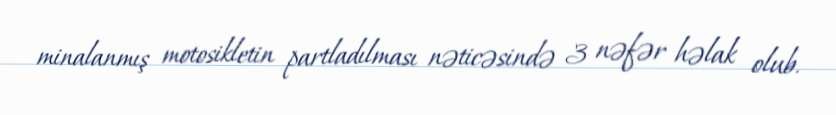
minalanmış motosikletin partladılması nəticəsində 3 nəfər həlak olub.